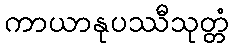
ကာယာနုပဿီသုတ္တံ